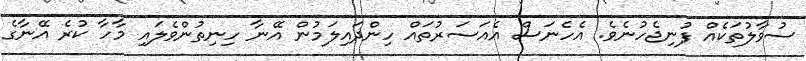
ސުވާލުތަކެއް ފުނިޖެހުނެވެ. އެހެނަސް އެއަސަރުތައް ހިންދައިލަމުން އޭނާ ހިނިތުންވެލައި މާހާ ކުރެ އޭނާގެ